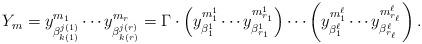
LaTeX: \begin{align*}Y_m = y_{\beta^{j(1)}_{k(1)}}^{m_1} \cdots y_{\beta^{j(r)}_{k(r)}}^{m_r} = \Gamma\cdot\left( y_{\beta^1_1}^{m^1_1} \cdots y_{\beta^1_{r_1}}^{m^1_{r_1}} \right) \cdots \left( y_{\beta^\ell_1}^{m^\ell_1} \cdots y_{\beta^\ell_{r_\ell}}^{m^\ell_{r_\ell}} \right).\end{align*}